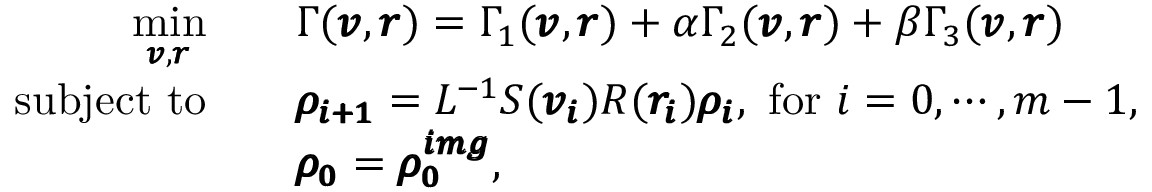
\begin{array} { r l } { \underset { \pmb { v } , \pmb { r } } { \mathrm { m i n } } \quad } & { \Gamma ( \pmb { v } , \pmb { r } ) = \Gamma _ { 1 } ( \pmb { v } , \pmb { r } ) + \alpha \Gamma _ { 2 } ( \pmb { v } , \pmb { r } ) + \beta \Gamma _ { 3 } ( \pmb { v } , \pmb { r } ) } \\ { \mathrm { s u b j e c t ~ t o } \quad } & { \pmb { \rho _ { i + 1 } } = L ^ { - 1 } S ( \pmb { v _ { i } } ) R ( \pmb { r _ { i } } ) \pmb { \rho _ { i } } \mathrm { , ~ f o r ~ } i = 0 , \cdots , m - 1 , } \\ & { \pmb { \rho _ { 0 } } = \pmb { \rho _ { 0 } ^ { i m g } } , } \end{array}